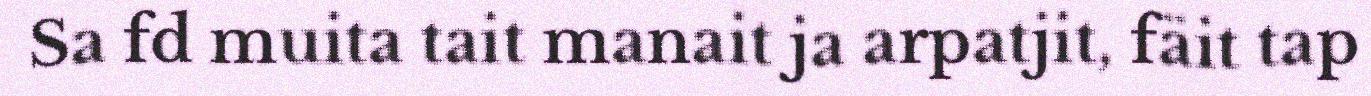
Sa fd muita tait manait ja arpatjit, fäit tap